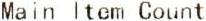
MAIN ITEM COUNT